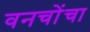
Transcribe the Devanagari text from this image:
वनचोंचा